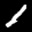
Label: 1